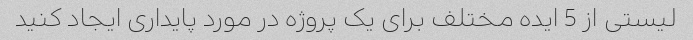
لیستی از 5 ایده مختلف برای یک پروژه در مورد پایداری ایجاد کنید